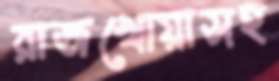
রাজখোয়াসহ